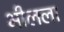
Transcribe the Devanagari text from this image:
भीलला